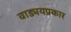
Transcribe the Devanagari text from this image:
वाड्मयप्रकार